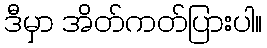
ဒီမှာ အိတ်ကတ်ပြားပါ။